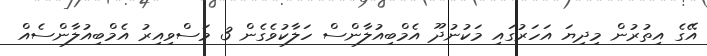
އޭގެ އިތުރުން މިިދިޔަ އަހަރުގައި މަކުނުދޫ އެމްބިއުލާންސް ހަލާކުވެގެން 3 މަސްވިއިރު އެމްބިއުލާންސެއް